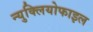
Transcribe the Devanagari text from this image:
न्युक्लियोफाइल